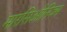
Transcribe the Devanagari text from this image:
मारसिओनिज्म